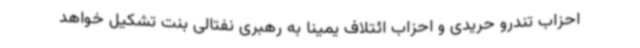
احزاب تندرو حریدی و احزاب ائتلاف یمینا به رهبری نفتالی بنت تشکیل خواهد